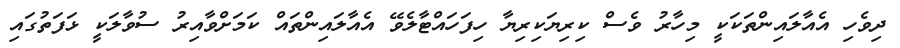
ދިވެހި އެއާލައިންތަކަކީ މިހާރު ވެސް ކިރިޔަކިރިޔާ ހިފަހައްޓާލެވޭ އެއާލައިންތައް ކަމަށްވާއިރު ސުވާލަކީ ޅަފަތުގައި